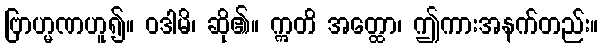
ဗြာဟ္မဏဟူ၍။ ဝဒါမိ၊ ဆို၏။ ဣတိ အတ္ထော၊ ဤကားအနက်တည်း။